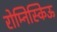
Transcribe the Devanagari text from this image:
रोम्निस्किऊ